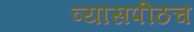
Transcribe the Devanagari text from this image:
व्यासपीठच